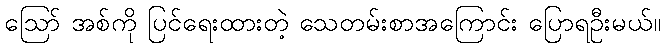
ဪ အစ်ကို ပြင်ရေးထားတဲ့ သေတမ်းစာအကြောင်း ပြောရဦးမယ်။